Vaccine operations Central Provinces 1868-1885 - 1868-1885
Year: 1868
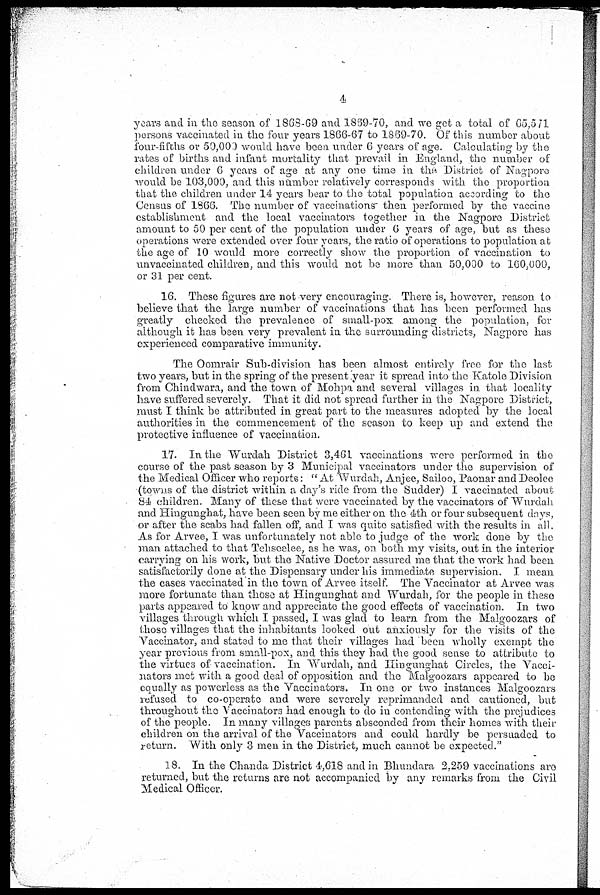
4
years and in the season of 1868-69 and 1869-70, and we get a total of 65,571
persons vaccinated in the four years 1866-67 to 1869-70. Of this number about
four-fifths or 50,000 would have been under 6 years of age. Calculating by the
rates of births and infant mortality that prevail in England, the number of
children under 6 years of age at any one time in the District of Nagpore
would be 103,000, and this number relatively corresponds with the proportion
that the children under 14 years bear to the total population according to the
Census of 1866. The number of vaccinations then performed by the vaccine
establishment and the local vaccinators together in the Nagpore District
amount to 50 per cent of the population under 6 years of age, but as these
operations were extended over four years, the ratio of operations to population at
the age of 10 would more correctly show the proportion of vaccination to
unvaccinated children, and this would not be more than 50,000 to 160,000,
or 31 per cent.
16. These figures are not very encouraging. There is, however, reason to
believe that the large number of vaccinations that has been performed has
greatly checked the prevalence of small-pox among the population, for
although it has been very prevalent in the surrounding districts, Nagpore has
experienced comparative immunity.
The Oomrair Sub-division has been almost entirely free for the last
two years, but in the spring of the present year it spread into the Katole Division
from Chindwara, and the town of Mohpa and several villages in that locality
have suffered severely. That it did not spread further in the Nagpore District,
must I think be attributed in great part to the measures adopted by the local
authorities in the commencement of the season to keep up and extend the
protective influence of vaccination.
17. In the Wurdah District 3,461 vaccinations were performed in the
course of the past season by 3 Municipal vaccinators under the supervision of
the Medical Officer who reports: " At Wurdah, Anjee, Sailoo, Paonar and Deolee
(towns of the district within a day's ride from the Sudder) I vaccinated about
84 children. Many of these that were vaccinated by the vaccinators of "Wurdah
and Hingunghat, have been seen by me either on the 4th or four subsequent days,
or after the scabs had fallen off, and I was quite satisfied with the results in all.
As for Arvee, I was unfortunately not able to judge of the work done by the
man attached to that Tehseelee, as he was, on both my visits, out in the interior
carrying on his work, but the Native Doctor assured me that the work had been
satisfactorily done at the Dispensary under his immediate supervision. I mean
the cases vaccinated in the town of Arvee itself. The Vaccinator at Arvee was
more fortunate than those at Hingunghat and Wurdah, for the people in these
parts appeared to know and appreciate the good effects of vaccination. In two
villages through which I passed, I was glad to learn from the Malgoozars of
those villages that the inhabitants looked out anxiously for the visits of the
Vaccinator, and stated to me that their villages had been wholly exempt the
year previous from small-pox, and this they had the good sense to attribute to
the virtues of vaccination. In Wurdah, and Hingunghat Circles, the Vacci¬
nators met with a good deal of opposition and the Malgoozars appeared to be
equally as powerless as the Vaccinators. In one or two instances Malgoozars
refused to co-operate and were severely reprimanded and cautioned, but
throughout the Vaccinators had enough to do in contending with the prejudices
of the people. In many villages parents absconded from their homes with their
children on the arrival of the Vaccinators and could hardly be persuaded to
return. With only 3 men in the District, much cannot be expected."
18. In the Chanda District 4,618 and in Bhundara 2,259 vaccinations are
returned, but the returns are not accompanied by any remarks from the Civil
Medical Officer.